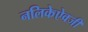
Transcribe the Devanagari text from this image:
नलिकेऐवजी